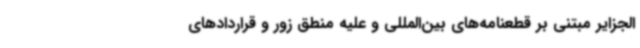
الجزایر مبتنی بر قطعنامه‌های بین‌المللی و علیه منطق زور و قراردادهای